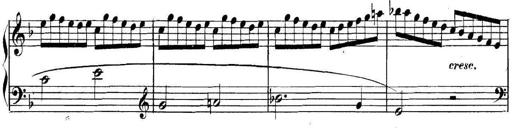
Title: Collected Piano Sonatas
Composer: Muzio Clementi